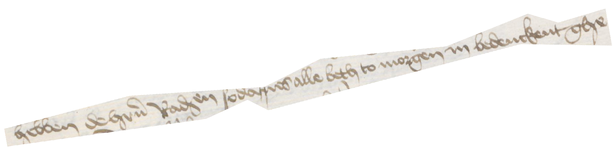
hebben de hrren Raden sodanes alle beth to morgen in bedenckent ghe¬